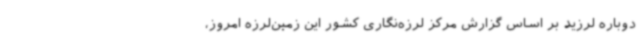
دوباره لرزید بر اساس گزارش مرکز لرزه‌نگاری کشور این زمین‌لرزه امروز،